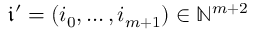
\mathfrak { i } ^ { \prime } = ( i _ { 0 } , \dots , i _ { m + 1 } ) \in \mathbb { N } ^ { m + 2 }